Vaccination report Assam 1896-1927 - 1896-1927
Year: 1896
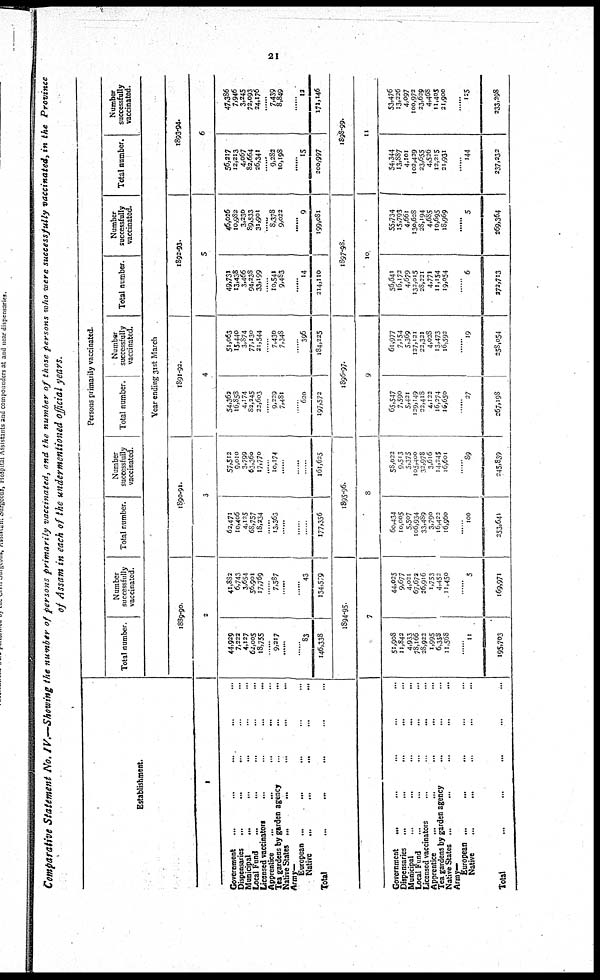
21
Comparative Statement No. IV.—Showing the number of persons primarily vaccinated, and the number of those persons who were successfully vaccinated, in the Province
of Assam in each of the undermentioned official years.
Establishment.
1
Government... ... ... ... ...
Dispensaries... ... ... ... ...
Municipal...
...
...
...
...
...
...
Local Fund... ... ... ... ...
Licensed vaccinators... ... ... ... ...
Apprentice...
...
...
...
...
Tea gardens by garden agency... ... ... ... ...
Native States...
...
...
...
...
Army-
European... ... ... ...
Native... ... ... ...
Total...
Government...
...
...
...
...
Dispensaries...
...
...
...
...
Municipal... ... ... ... ...
Local Fund... ... ... ... ...
Licensed vaccinators... ... ... ... ...
Apprentice...
...
...
...
...
Tea gardens by garden agency... ... ...
Native States... ... ...
Army-
European ...
Native... ... ...
Total...
Persons primarily vaccinated.
Total number.
Number
successfully
vaccinated.
Total number.
Number
successfully
vaccinated.
Total number.
Number
successfully
vaccinated.
Total number.
Number
successfully
vaccinated.
Total number.
Number
successfully
vaccinated.
Year ending 31st March
1889-90.
2
44,929
7,222
4,127
62,005
18,755
...... 9,217
......
......
83
146,338
41,882
6,743
3,654
56,901
17,769
...... 7,587
......
......
43
134,579
1894-95.
7
51,908
11,842
4,933
78,166
28,922
1,995
6,358
11,568
......
11
195,703
44,025
9,677
4,021
67,672
26,916
1,753
4,452
11,450
......
5
169,971
1890-91.
3
62,471
10,406
4,125
68,757
18,234
...... 13,363
......
......
177,356
57,512
9,010
3,799
63,360
17,770
...... 10,174
......
......
...
161,625
1895-96.
8
60,434
10,005
5,507
106,934
33,489
3,790
16,422
16,960
......
100
353,641
58,022
9,513
5,375
105,400
32,978
3,616
14,245
16,601
......
89
245,839
1891-92.
4
54,362
16,858
4,174
82,345
22,603
...... 9,229
7,481
......
620
197,572
51,063
15,440
3,874
77,130
21,544
...... 7,430
7,348
......
396
184,225
1896-97.
9
65,547
7,590
5,421
129,149
22,418
4,122
16,274
16,650
......
27
267,198
61,977
7,154
5,369
127,131
22,321
4,028
13,473
16,592
......
19
258,054
1892-93.
5
49,731
13,438
3,466
94,238
33,199
......
10,541
9,483
......
14
214,110
46,026
10,982
3,230
89,533
31,901
......
8,378
9,022
......
9
199,081
1897-98.
10
56,641
16,172
4,679
132,015
28,221
4,771
11,154
19,054
......
6
272,713
55,734
15,793
4,661
130,628
28,194
4,685
10,695
18,969
......
5
269,364
1893-94.
6
56,217
12,213
4,067
82,664
26,341
...... 9,282
10,198
......
15
200,997
47,386
7,946
3,245
72,093
24,176
......
7,439
8,849
......
12
171,146
1898-99.
11
54,344
13,887
4,101
102,429
23,655
4,526
12,215
21,931
......
144
237,232
53,476
13,226
4,097
100,972
23,629
4,468
11,405
21,900
......
125
233,298